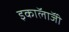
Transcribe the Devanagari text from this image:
इकाॅलाॅजी